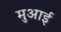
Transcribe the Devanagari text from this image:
मुआई